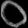
Digit: ၀